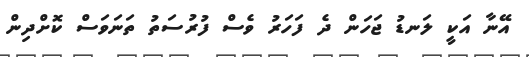
އޭނާ އަކީ ލަނޑު ޖަހަން ދެ ފަހަރު ވެސް ފުރުސަތު ތަނަވަސް ކޮށްދިން